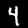
Label: 4